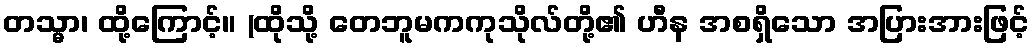
တသ္မာ၊ ထို့ကြောင့်။ (ထိုသို့ တေဘူမကကုသိုလ်တို့၏ ဟီန အစရှိသော အပြားအားဖြင့်